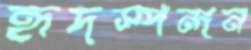
হৃদস্পন্দন